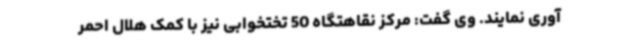
آوری نمایند. وی گفت: مرکز نقاهتگاه 50 تختخوابی نیز با کمک هلال احمر